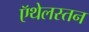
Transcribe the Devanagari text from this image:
ऍथेलस्तन